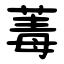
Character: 䓯